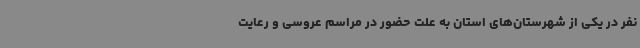
نفر در یکی از شهرستان‌های استان به علت حضور در مراسم عروسی و رعایت